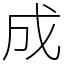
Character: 成